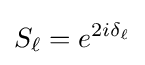
S_{\ell }=e^{2i\delta _{\ell }}